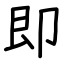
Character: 即